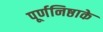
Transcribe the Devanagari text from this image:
पूर्णनिष्ठाके